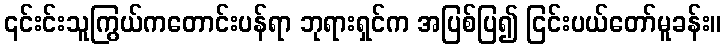
၎င်းင်းသူကြွယ်ကတောင်းပန်ရာ ဘုရားရှင်က အပြစ်ပြ၍ ငြင်းပယ်တော်မူခန်း။